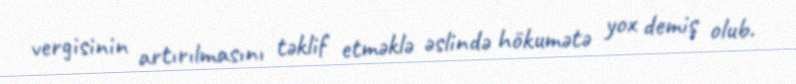
vergisinin artırılmasını təklif etməklə əslində hökumətə yox demiş olub.